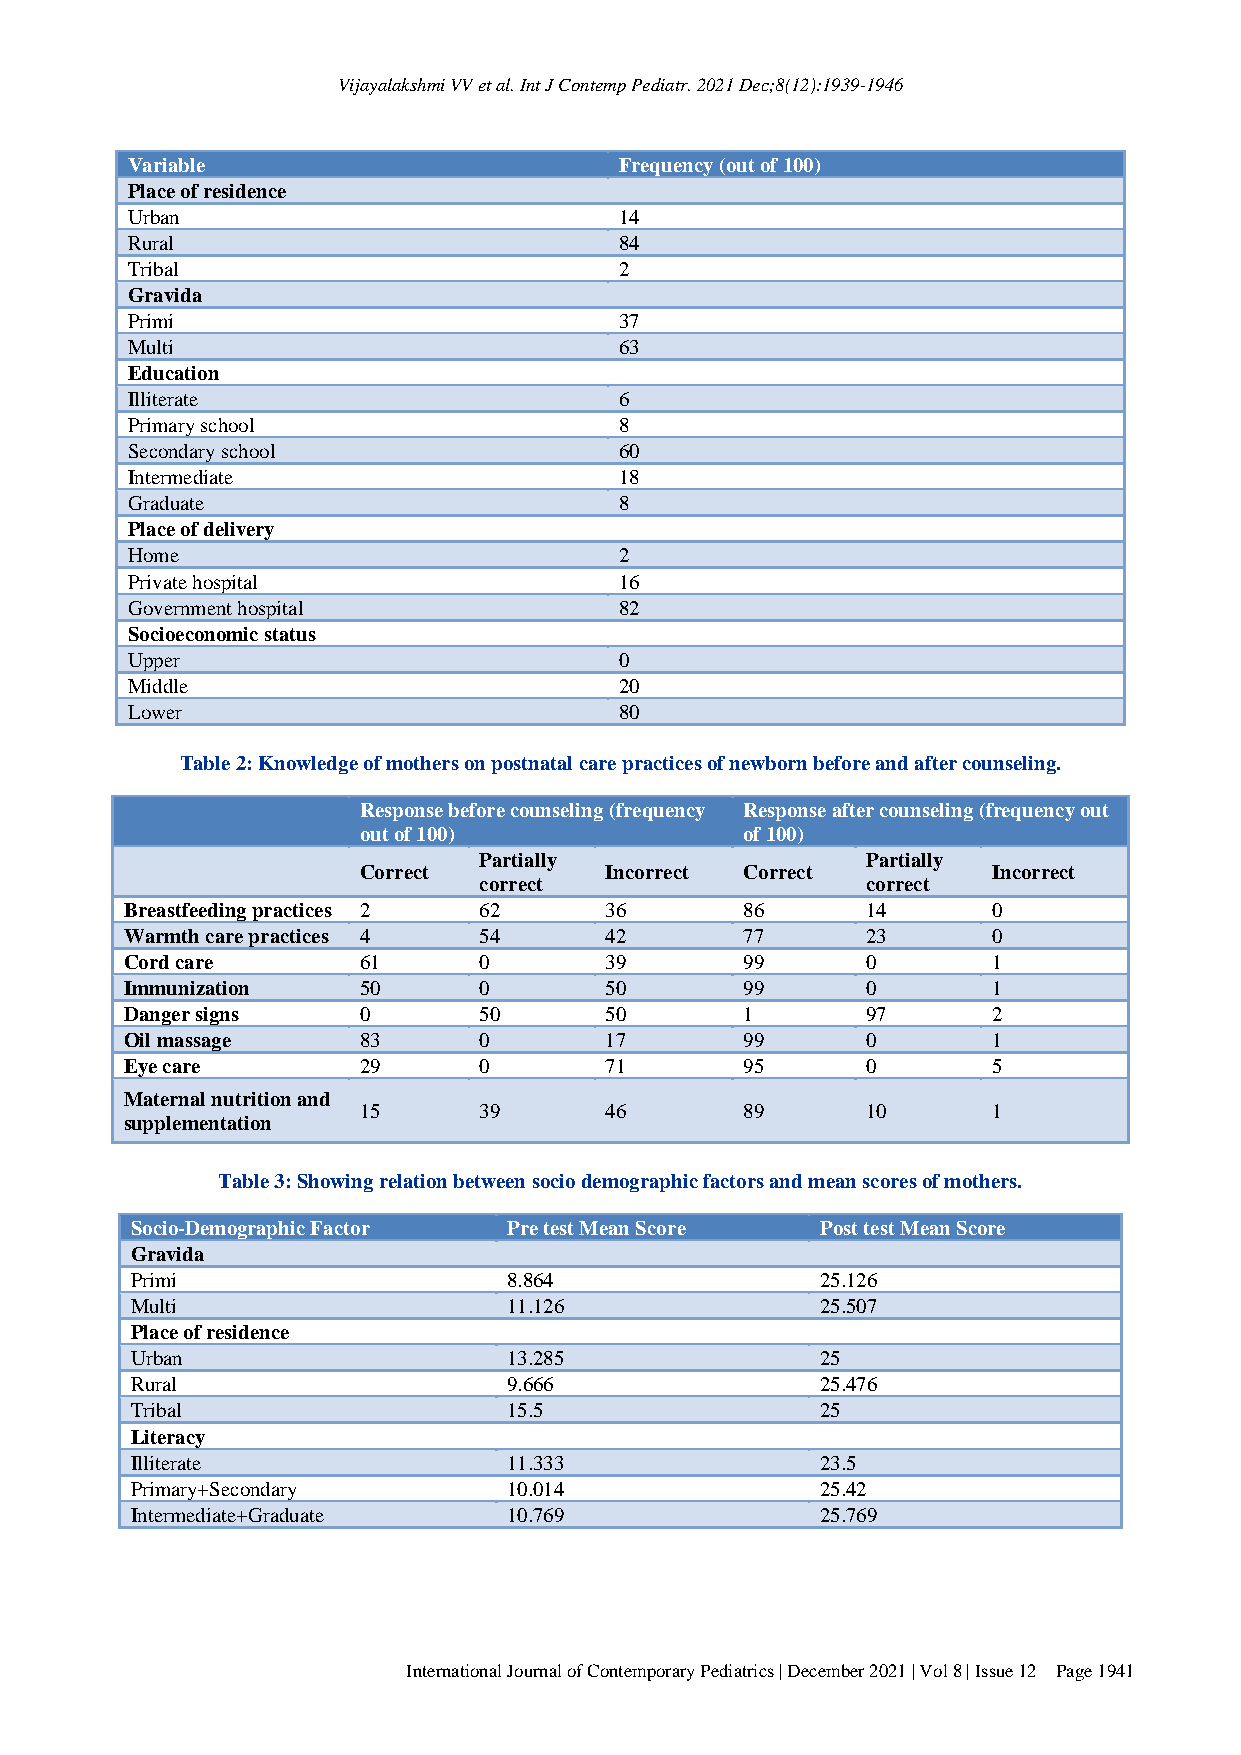
Vijayalakshmi VV et al. Int J Contemp Pediatr. 2021 Dec;8(12):1939-1946
 Variable                         Frequency (out of 100)
 Place of residence
 Urban                            14
 Rural                            84
 Tribal                           2
 Gravida
 Primi                            37
 Multi                            63
 Education
 Illiterate                       6
 Primary school                   8
 Secondary school                 60
 Intermediate                     18
 Graduate                         8
 Place of delivery
 Home                             2
 Private hospital                 16
 Government hospital              82
 Socioeconomic status
 Upper                            0
 Middle                           20
 Lower                            80
 Table 2: Knowledge of mothers on postnatal care practices of newborn before and after counseling.
 Response before counseling (frequency Response after counseling (frequency out
 out of 100)              of 100)
 Partially                Partially
 Correct         Incorrect Correct         Incorrect
 correct                  correct
 Breastfeeding practices 2 62    36       86      14       0
 Warmth care practices 4 54      42       77      23       0
 Cord care       61      0       39       99      0        1
 Immunization    50      0       50       99      0        1
 Danger signs    0       50      50       1       97       2
 Oil massage     83      0       17       99      0        1
 Eye care        29      0       71       95      0        5
 Maternal nutrition and
 15      39      46       89      10       1
 supplementation
 Table 3: Showing relation between socio demographic factors and mean scores of mothers.
 Socio-Demographic Factor Pre test Mean Score Post test Mean Score
 Gravida
 Primi                    8.864               25.126
 Multi                    11.126              25.507
 Place of residence
 Urban                    13.285              25
 Rural                    9.666               25.476
 Tribal                   15.5                25
 Literacy
 Illiterate               11.333              23.5
 Primary+Secondary        10.014              25.42
 Intermediate+Graduate    10.769              25.769
 International Journal of Contemporary Pediatrics | December 2021 | Vol 8 | Issue 12 Page 1941